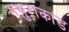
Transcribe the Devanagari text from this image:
मथुराकांड